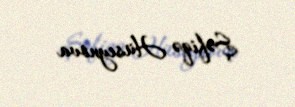
Şəfiqə Hüseynova